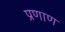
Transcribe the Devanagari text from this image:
प्रणाण